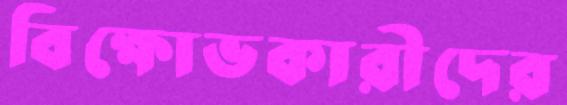
বিক্ষোভকারীদের